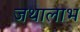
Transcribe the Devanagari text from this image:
जथालाभ